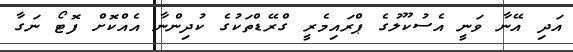
އަދި އޭނާ ވަނީ އެސުކޫލުގެ ޕްރައިމެރީ ގްރޭޑްތަކުގެ ކުދިންނާ އެއްކޮށް ފޮޓޯ ނަގާ